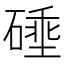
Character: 𰧗